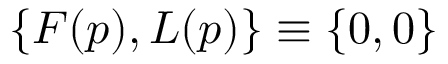
\{ F ( p ) , L ( p ) \} \equiv \{ 0 , 0 \}